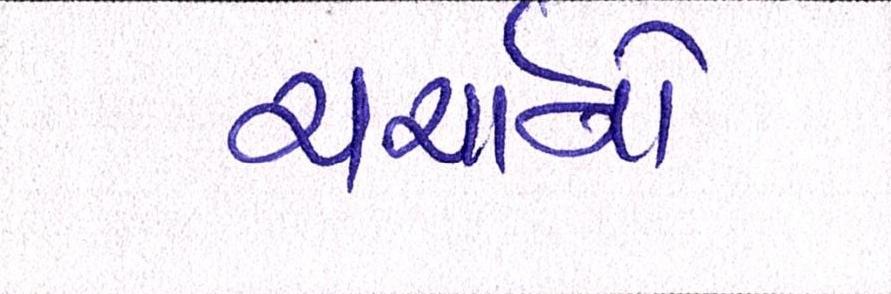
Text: ચર્ચાનો